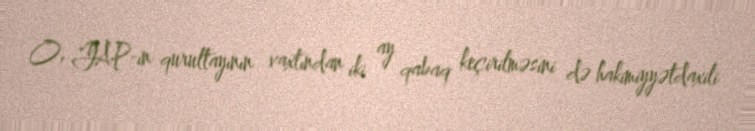
O, YAP-ın qurultayının vaxtından iki ay qabaq keçirilməsini də hakimiyyətdaxili